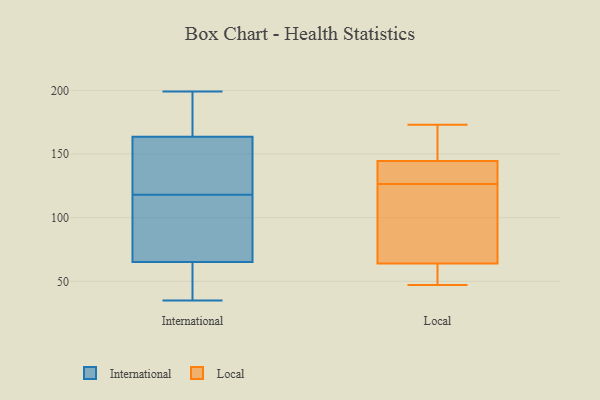
{"axis": {"x": "Page Views", "y": "Value"}, "legend": ["International", "Local"], "data": [{"x": "", "y": 53, "type": "International"}, {"x": "", "y": 194, "type": "International"}, {"x": "", "y": 118, "type": "International"}, {"x": "", "y": 149, "type": "International"}, {"x": "", "y": 166, "type": "International"}, {"x": "", "y": 111, "type": "International"}, {"x": "", "y": 199, "type": "International"}, {"x": "", "y": 163, "type": "International"}, {"x": "", "y": 95, "type": "International"}, {"x": "", "y": 35, "type": "International"}, {"x": "", "y": 45, "type": "International"}, {"x": "", "y": 137, "type": "International"}, {"x": "", "y": 70, "type": "International"}, {"x": "", "y": 157, "type": "International"}, {"x": "", "y": 57, "type": "International"}, {"x": "", "y": 68, "type": "International"}, {"x": "", "y": 165, "type": "International"}, {"x": "", "y": 146, "type": "Local"}, {"x": "", "y": 59, "type": "Local"}, {"x": "", "y": 69, "type": "Local"}, {"x": "", "y": 128, "type": "Local"}, {"x": "", "y": 113, "type": "Local"}, {"x": "", "y": 173, "type": "Local"}, {"x": "", "y": 143, "type": "Local"}, {"x": "", "y": 57, "type": "Local"}, {"x": "", "y": 128, "type": "Local"}, {"x": "", "y": 47, "type": "Local"}, {"x": "", "y": 167, "type": "Local"}, {"x": "", "y": 125, "type": "Local"}]}